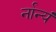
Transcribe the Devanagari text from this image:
र्नान्यं